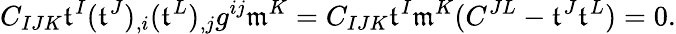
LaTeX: C_{IJK}\mathfrak{t}^{I}(\mathfrak{t}^{J})_{,i}(\mathfrak{t}^{L})_{,j}g^{ij}\mathfrak{m}^{K}=C_{IJK}\mathfrak{t}^{I}\mathfrak{m}^{K}(C^{JL}-\mathfrak{t}^{J}\mathfrak{t}^{L})=0.